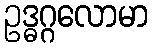
ဥဒ္ဓဂ္ဂလောမာ